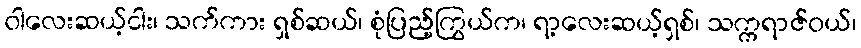
ဝါလေးဆယ့်ငါး၊ သက်ကား ရှစ်ဆယ်၊ စုံပြည့်ကြွယ်က၊ ရာ့လေးဆယ့်ရှစ်၊ သက္ကရာဇ်ဝယ်၊